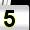
Digit: 5